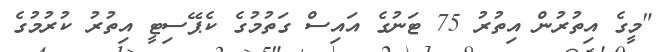
"މީގެ އިތުރުން އިތުރު 75 ޓަނުގެ އައިސް ގަތުމުގެ ކެޕޭސިޓީ އިތުރު ކުރުމުގެ